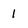
Character: 1